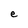
Character: e